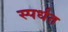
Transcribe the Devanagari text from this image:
स्पर्धत